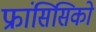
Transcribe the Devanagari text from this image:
फ्रांसिसिको